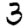
Digit: 3